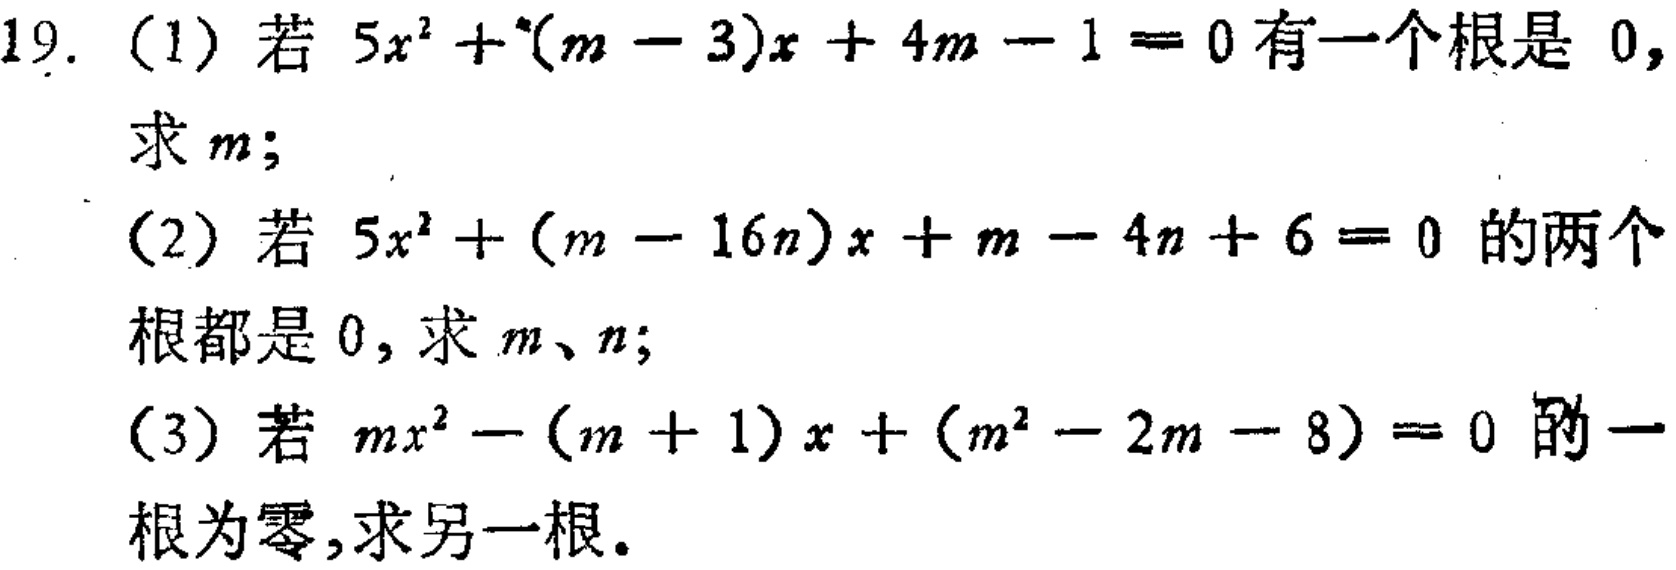
19. (1) 若 \(5x^{2}+(m - 3)x + 4m - 1 = 0\) 有一个根是 \(0\), 求 \(m\);
(2) 若 \(5x^{2}+(m - 16n)x + m - 4n + 6 = 0\) 的两个根都是 \(0\), 求 \(m\)、\(n\);
(3) 若 \(mx^{2}-(m + 1)x+(m^{2}-2m - 8)=0\) 的一根为零,求另一根。